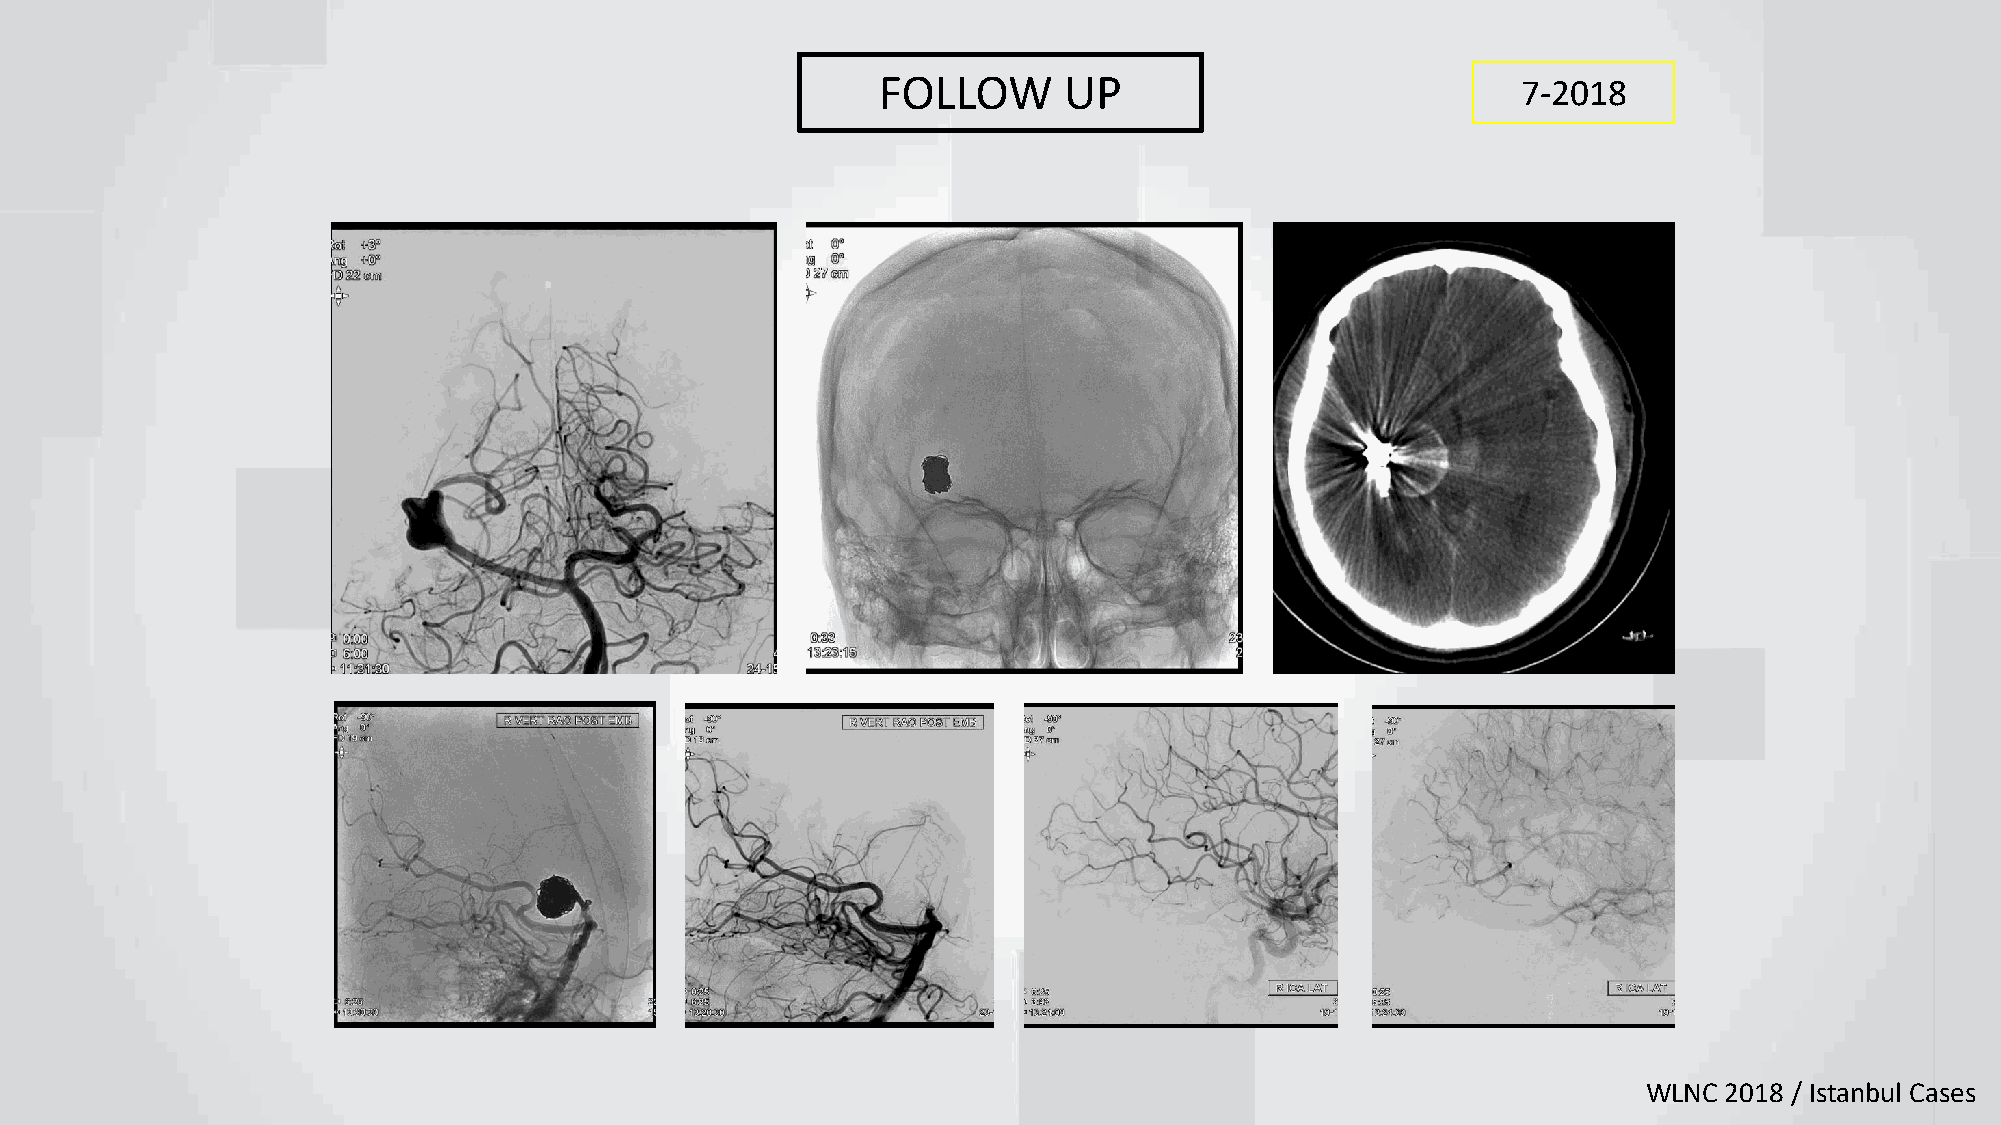
FOLLOW      UP                             7-2018
 WLNC 2018 / Istanbul Cases